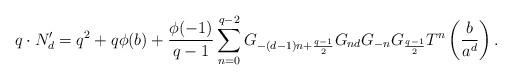
LaTeX: \begin{align*}q\cdot N_{d}^{\prime}=q^2+q\phi(b)+\frac{\phi(-1)}{q-1}\sum_{n=0}^{q-2}G_{-(d-1)n+\frac{q-1}{2}}G_{nd}G_{-n}G_{\frac{q-1}{2}}T^n\left(\frac{b}{a^d}\right).\end{align*}